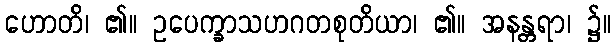
ဟောတိ၊ ၏။ ဥပေက္ခာသဟဂတစုတိယာ၊ ၏။ အနန္တရာ၊ ၌။